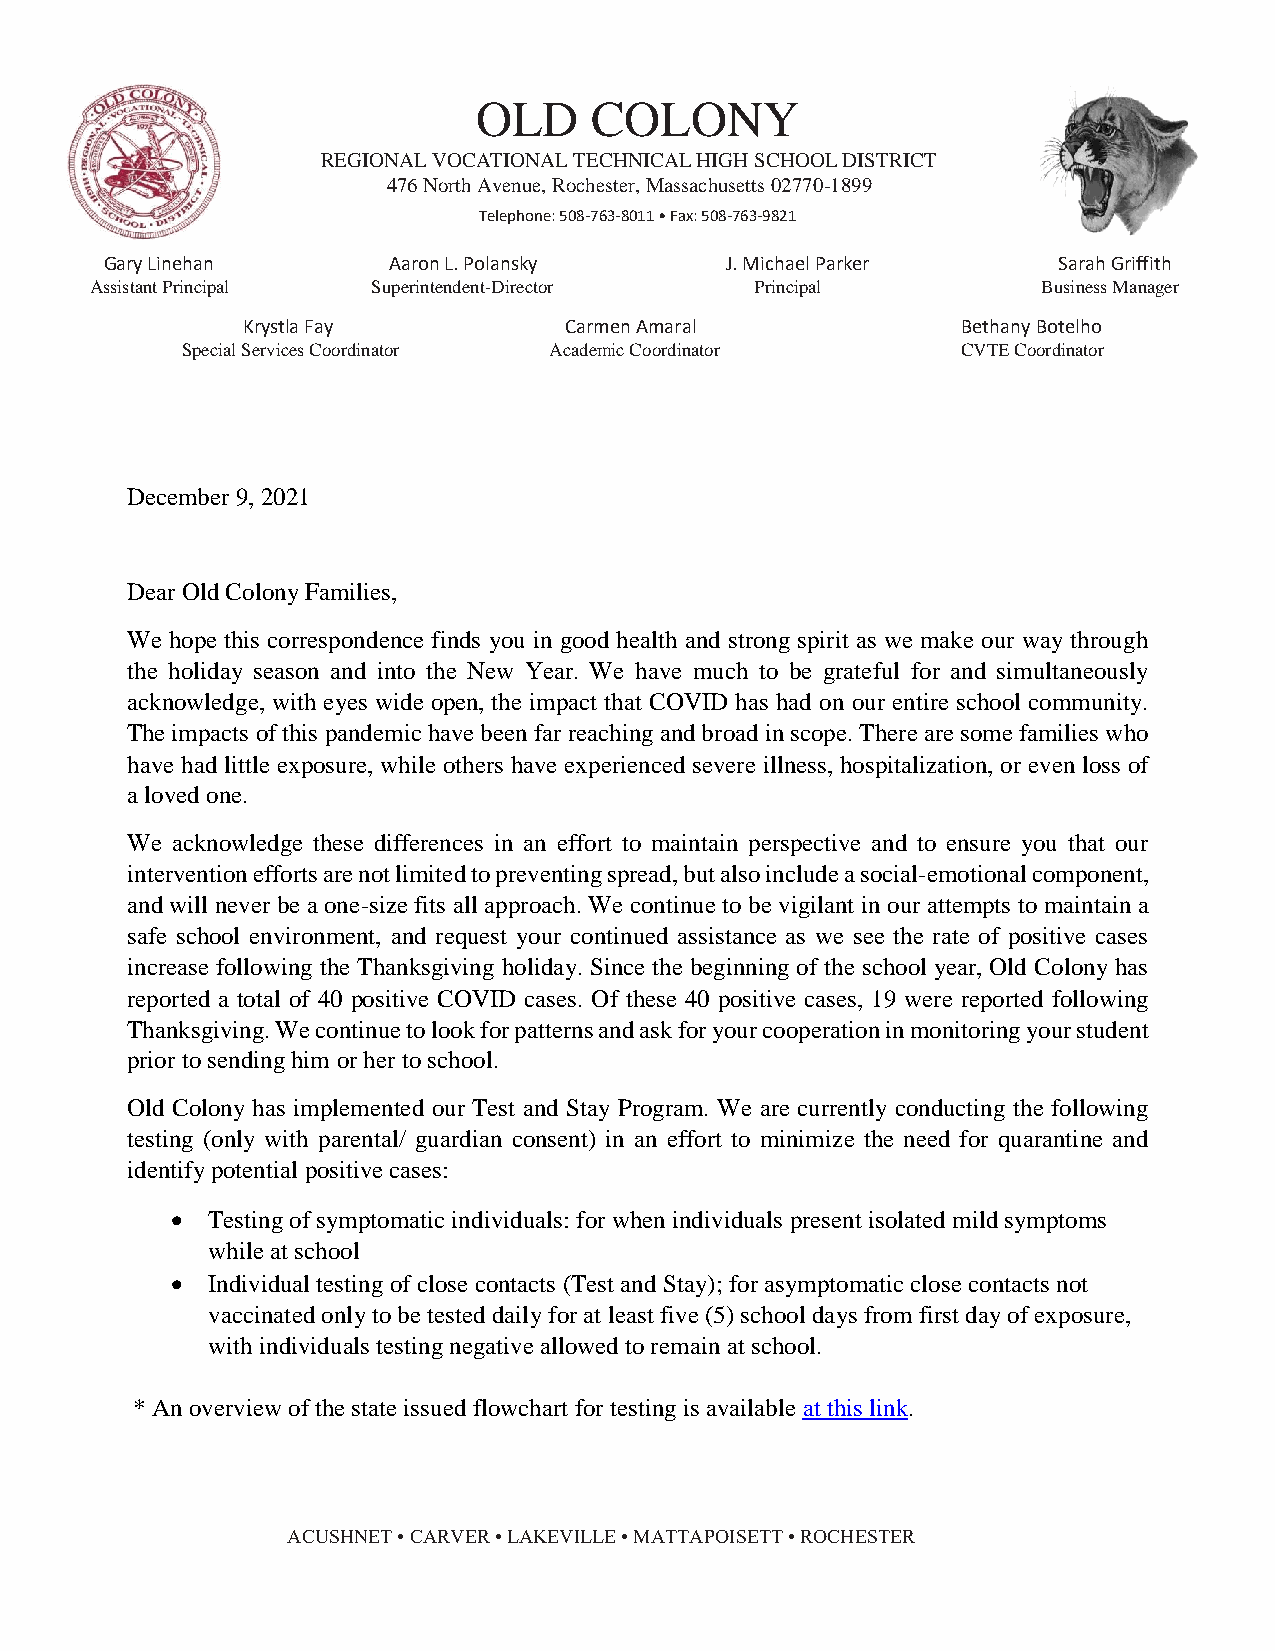
OLD    COLONY
 REGIONAL VOCATIONAL TECHNICAL HIGH SCHOOL DISTRICT
 476 North Avenue, Rochester, Massachusetts 02770-1899
 Telephone: 508-763-8011 • Fax: 508-763-9821
 Gary Linehan       Aaron L. Polansky     J. Michael Parker     Sarah Griffith
 Assistant Principal Superintendent-Director Principal          Business Manager
 Krystla Fay          Carmen Amaral              Bethany Botelho
 Special Services Coordinator Academic Coordinator   CVTE Coordinator
 December 9, 2021
 Dear Old Colony Families,
 We hope this correspondence finds you in good health and strong spirit as we make our way through
 the holiday season and into the New Year. We have much to be grateful for and simultaneously
 acknowledge, with eyes wide open, the impact that COVID has had on our entire school community.
 The impacts of this pandemic have been far reaching and broad in scope. There are some families who
 have had little exposure, while others have experienced severe illness, hospitalization, or even loss of
 a loved one.
 We acknowledge these differences in an effort to maintain perspective and to ensure you that our
 intervention efforts are not limited to preventing spread, but also include a social-emotional component,
 and will never be a one-size fits all approach. We continue to be vigilant in our attempts to maintain a
 safe school environment, and request your continued assistance as we see the rate of positive cases
 increase following the Thanksgiving holiday. Since the beginning of the school year, Old Colony has
 reported a total of 40 positive COVID cases. Of these 40 positive cases, 19 were reported following
 Thanksgiving. We continue to look for patterns and ask for your cooperation in monitoring your student
 prior to sending him or her to school.
 Old Colony has implemented our Test and Stay Program. We are currently conducting the following
 testing (only with parental/ guardian consent) in an effort to minimize the need for quarantine and
 identify potential positive cases:
   Testing of symptomatic individuals: for when individuals present isolated mild symptoms
 while at school
   Individual testing of close contacts (Test and Stay); for asymptomatic close contacts not
 vaccinated only to be tested daily for at least five (5) school days from first day of exposure,
 with individuals testing negative allowed to remain at school.
 * An overview of the state issued flowchart for testing is available at this link.
 ACUSHNET • CARVER • LAKEVILLE • MATTAPOISETT • ROCHESTER